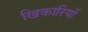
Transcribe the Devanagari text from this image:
खिकारियों